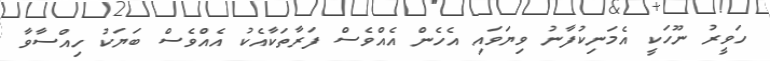
ހަވީރު ނޫހަކީ އެމަނިކުފާނު ވިޔަވައި އެހެން އެއްވެސް ފަރާތަކާއެކު އެއްވެސް ބަޔަކު ހިއްސާވާ